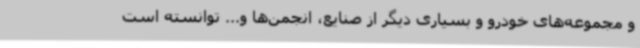
و مجموعه‌های خودرو و بسیاری دیگر از صنایع، انجمن‌ها و... توانسته است